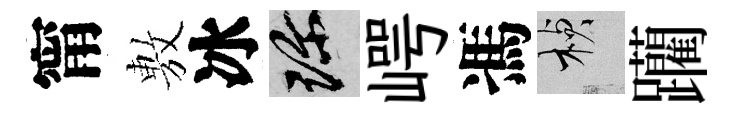
甯𢾾冰珍崿馮楨躪